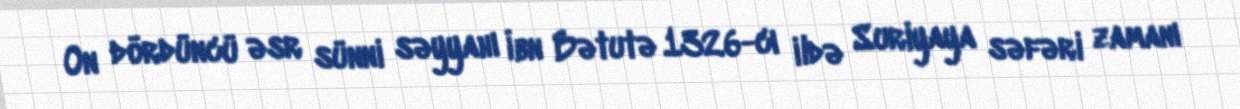
On dördüncü əsr sünni səyyahı İbn Bətutə 1326-cı ildə Suriyaya səfəri zamanı